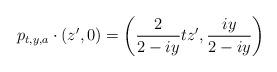
LaTeX: \begin{align*} p_{t,y,a} \cdot (z',0) = \left(\frac{2}{2-iy}tz', \frac{iy}{2-iy}\right)\end{align*}